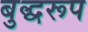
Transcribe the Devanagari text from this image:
बुद्धरूप